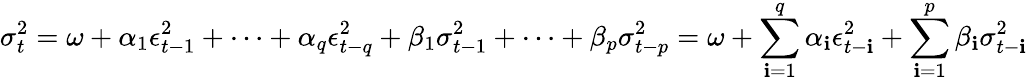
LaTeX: \sigma_{t}^{2}=\omega+\alpha_{1}\epsilon_{t-1}^{2}+\cdots+\alpha_{q}\epsilon_{t-q}^{2}+\beta_{1}\sigma_{t-1}^{2}+\cdots+\beta_{p}\sigma_{t-p}^{2}=\omega+\sum_{\mathbf{i}=1}^{q}\alpha_{\mathbf{i}}\epsilon_{t-\mathbf{i}}^{2}+\sum_{\mathbf{i}=1}^{p}\beta_{\mathbf{i}}\sigma_{t-\mathbf{i}}^{2}